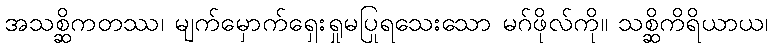
အသစ္ဆိကတဿ၊ မျက်မှောက်ရှေးရှုမပြုရသေးသော မဂ်ဖိုလ်ကို။ သစ္ဆိကိရိယာယ၊